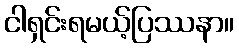
ငါရှင်းရမယ့်ပြဿနာ။